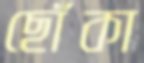
ছোঁকা